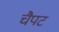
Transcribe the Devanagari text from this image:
चैपट